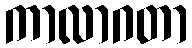
ကာလာဂတာ